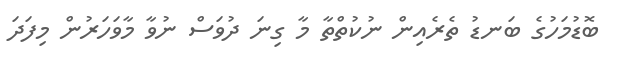
ބޮޑުމަހުގެ ބަނޑު ތެރެއިން ނުކުތްތާ މާ ގިނަ ދުވަސް ނުވާ މާވަހަރުން މިފަދަ